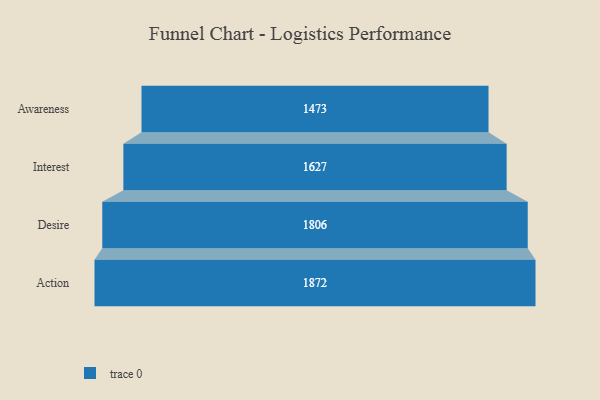
{"axis": {"x": "Stage", "y": "Value"}, "legend": [""], "data": [{"x": "Awareness", "y": 1473.0, "type": ""}, {"x": "Interest", "y": 1627.0, "type": ""}, {"x": "Desire", "y": 1806.0, "type": ""}, {"x": "Action", "y": 1872.0, "type": ""}]}